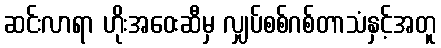
ဆင်းလာရာ ဟိုးအဝေးဆီမှ လျှပ်စစ်ဂစ်တာသံနှင့်အတူ